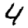
Digit: 4